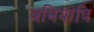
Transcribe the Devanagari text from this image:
अभियांत्रि